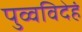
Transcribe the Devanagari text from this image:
पुव्वविदेहं